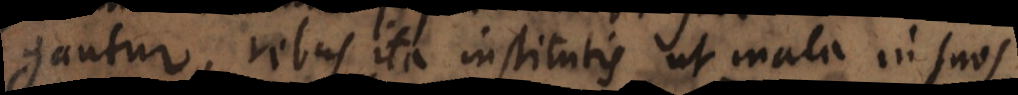
gantur, rebus ita institutis ut mala in suos